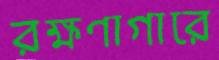
রক্ষণাগারে